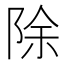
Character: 除